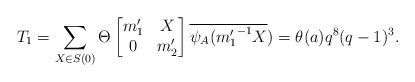
\begin{align*} T_1=\sum_{X \in S(0)}\Theta \begin{bmatrix} m_1' & X\\ 0 & m_2' \end{bmatrix}\overline{\psi_A({m_1'}^{-1}X})=\theta(a)q^8(q-1)^3.\end{align*}